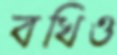
বখিও